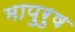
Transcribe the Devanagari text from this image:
मापुरुष